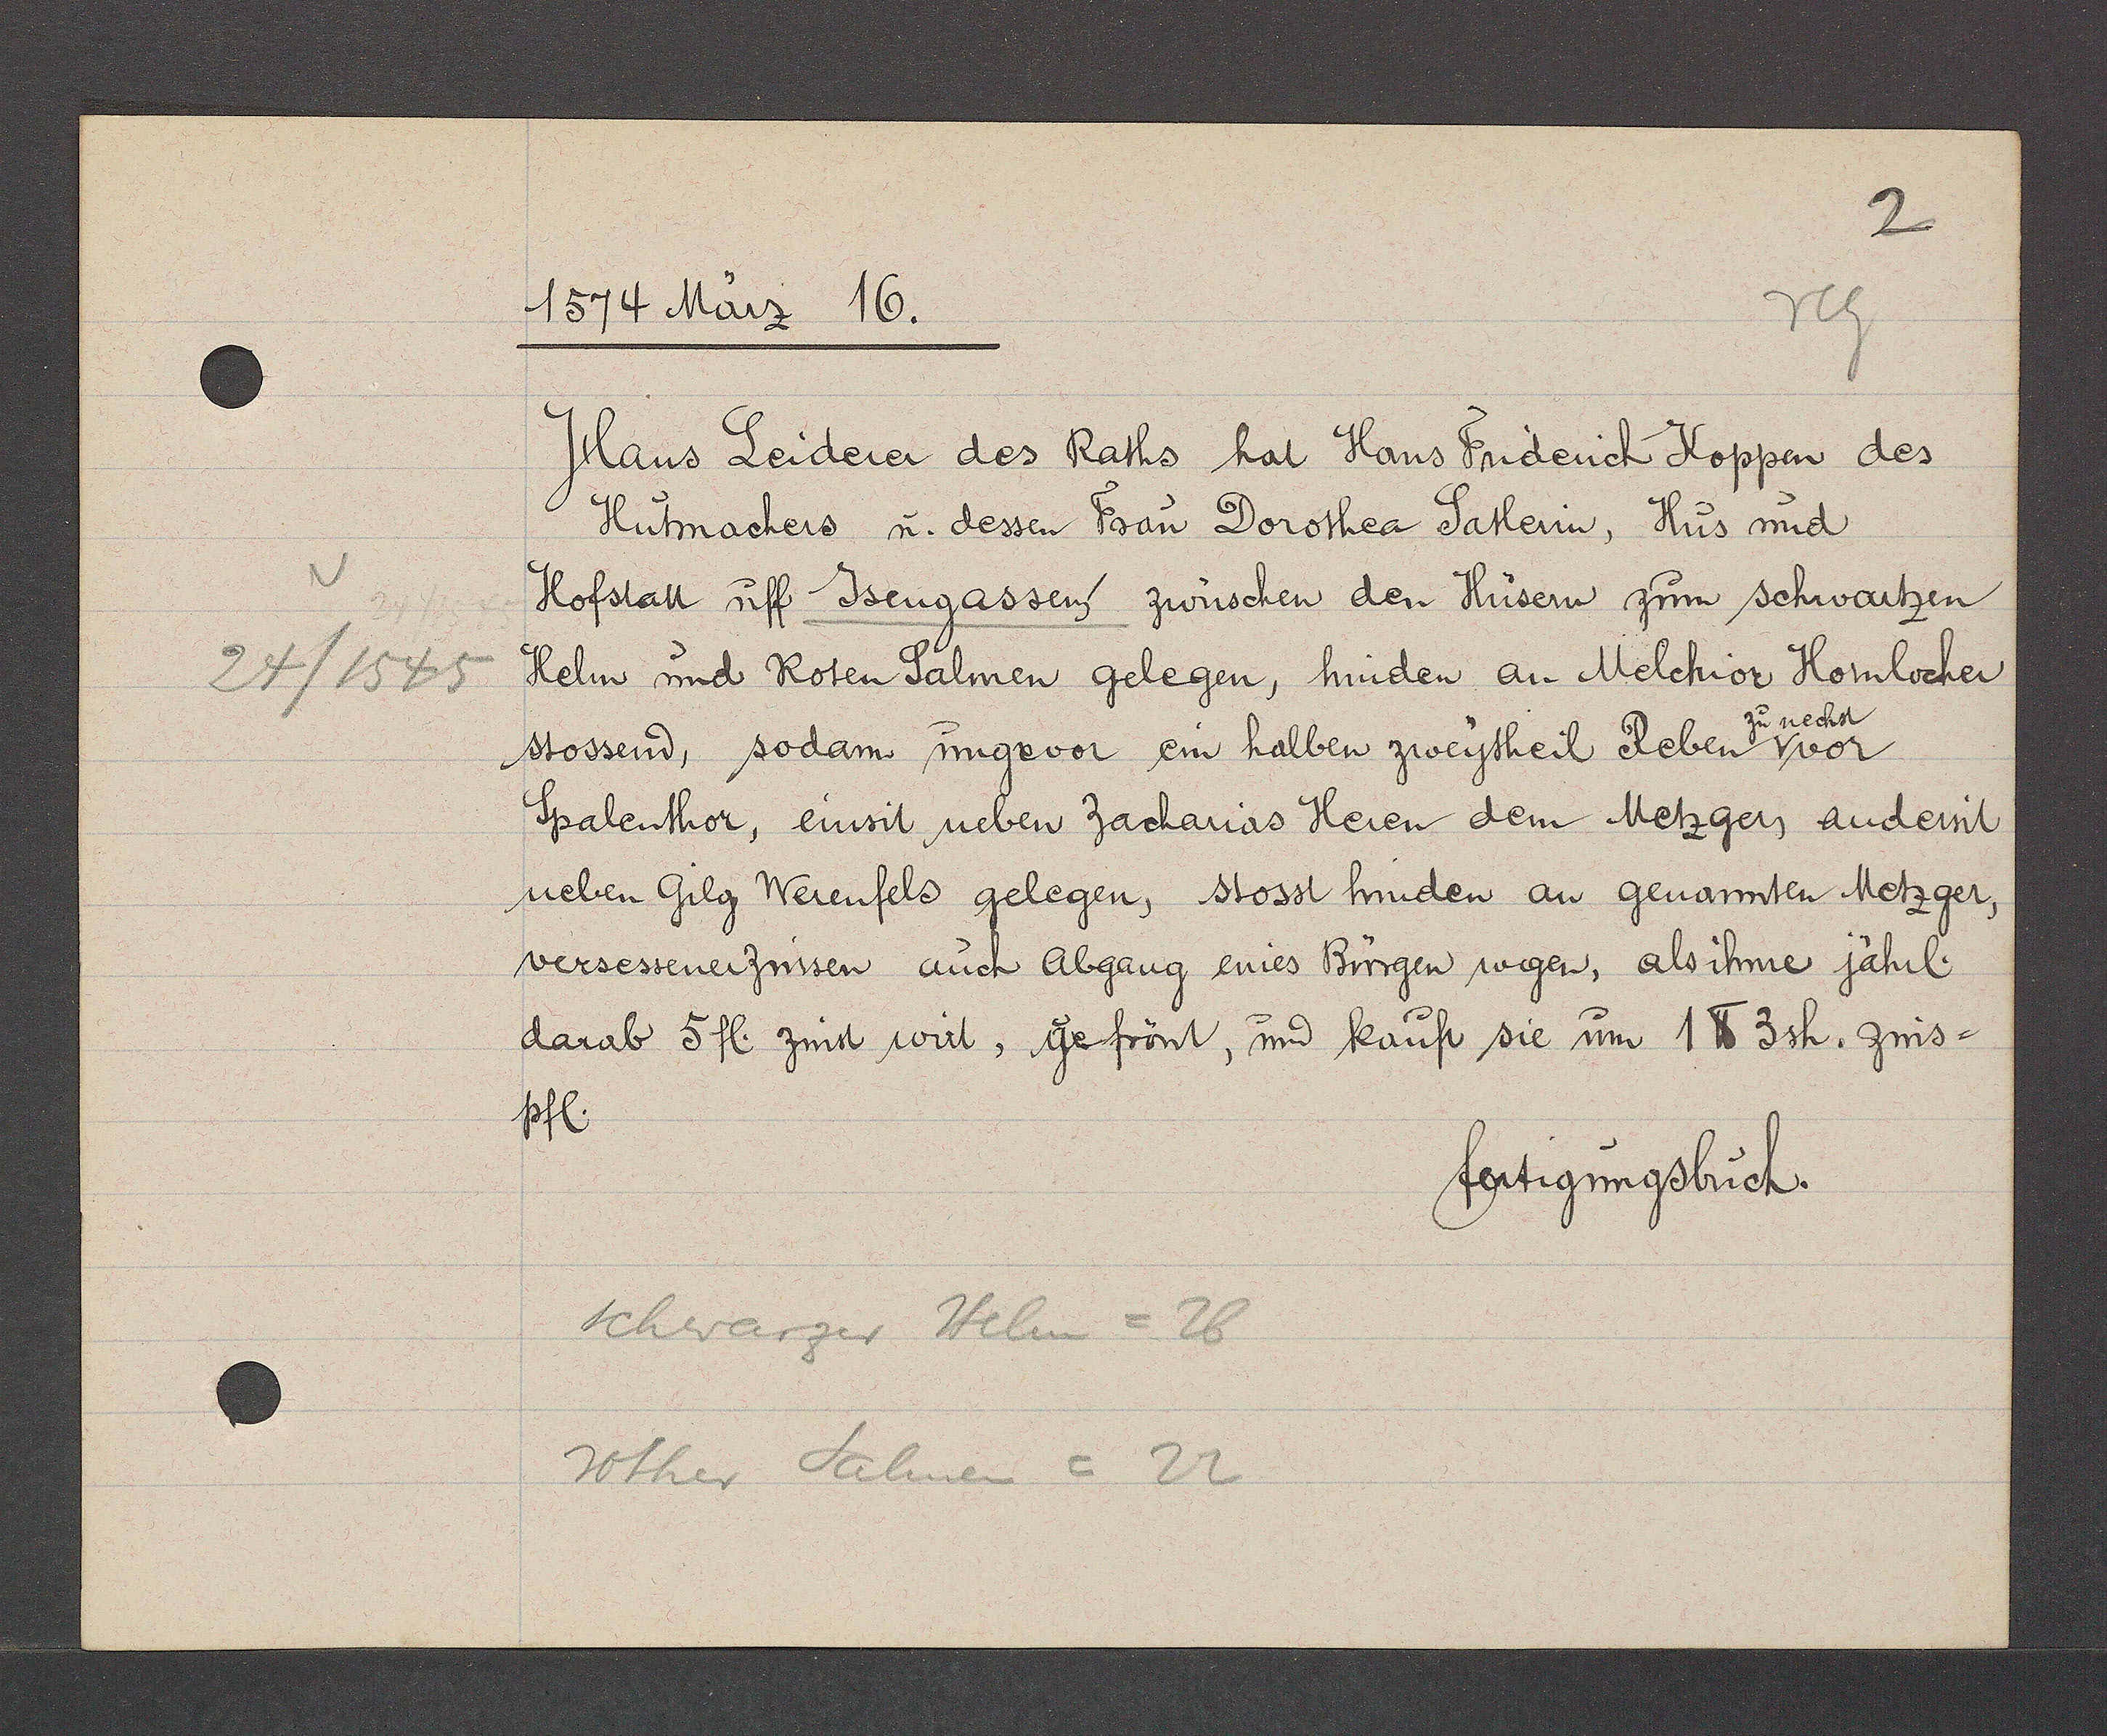
Transcript:
v
24/1545

1574 März 16.
Hans Leiderer des Raths hat Hans Friderich Koppen des
Hutmachers u. dessen Frau Dorothea Satlerin, Hüs und
Hofstatt uff Jsengassen zwüschen den Hüsern zum schwartzen
Helm und Roten Salmen gelegen, hieden an Melchior Hornlocher
zu nechst
stossend, sodann ungevor ein halben zweytheil Reben v vor
Spalenthor, einsit neben zacharias Heren dem Metzgers andersit
neben Gilg Werenfels gelegen, stosst hinden an genannten Metzger,
versessener Znssen auch Abgang eines Bürgen wegen, als ihme jährl.
darab 5 fl zinst wirt, gefrönt, und kauft sie um 1 ℔ 3sh. zins¬
pfl.
fertigungsbuch.
schwarzer Helm =26
rother Salmen = 22